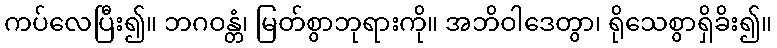
ကပ်လေပြီး၍။ ဘဂဝန္တံ၊ မြတ်စွာဘုရားကို။ အဘိဝါဒေတွာ၊ ရိုသေစွာရှိခိး၍။